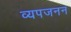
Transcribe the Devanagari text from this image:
व्‍यपजनन